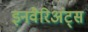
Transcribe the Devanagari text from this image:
इनवैरिअंट्स